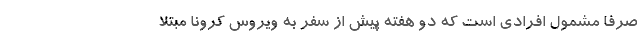
صرفا مشمول افرادی است که دو هفته پیش از سفر به ویروس کرونا مبتلا